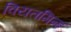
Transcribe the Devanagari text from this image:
वियतमिन्ह